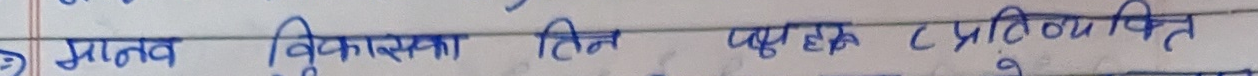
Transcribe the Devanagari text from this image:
मानव विकासका हित पक्षमा प्रतिनिधित्व